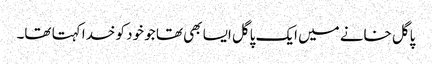
پاگل خانے میں ایک پاگل ایسا بھی تھا جو خود کو خدا کہتا تھا۔